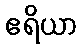
ဧရိယာ